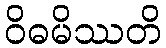
ဝိဓမိဿတိ